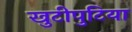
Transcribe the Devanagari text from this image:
खुटीपुटिया